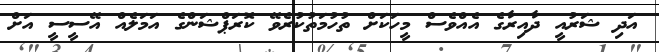
އަދި ޝަރުއީ ދާއިރާގެ އެއްވެސް މީހަކަށް ތުހުމަތުކުރެވޭ ކޮރަޕްޝަންގެ އަމަލެއް އޭސީސީ އަށް